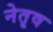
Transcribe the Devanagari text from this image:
नेतृव